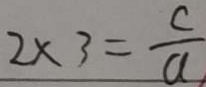
2 \times 3 = \frac { c } { a }